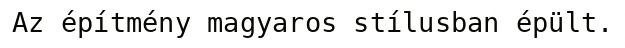
Az építmény magyaros stílusban épült.